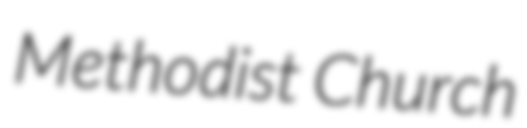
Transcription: Methodist Church